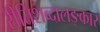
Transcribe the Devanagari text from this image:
रीतिशब्दालङ्कार